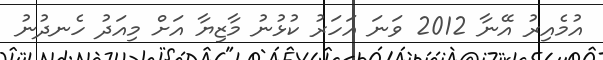
އުމެއިރު އޭނާ 2012 ވަނަ އަހަރު ކުޅުނު މާޒިޔާ އަށް މިއަދު ހެނދުނު